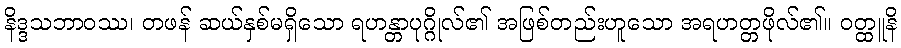
နိဒ္ဒသဘာဝဿ၊ တဖန် ဆယ်နှစ်မရှိသော ရဟန္တာပုဂ္ဂိုလ်၏ အဖြစ်တည်းဟူသော အရဟတ္တဖိုလ်၏။ ဝတ္ထူနိ